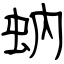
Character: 蚋